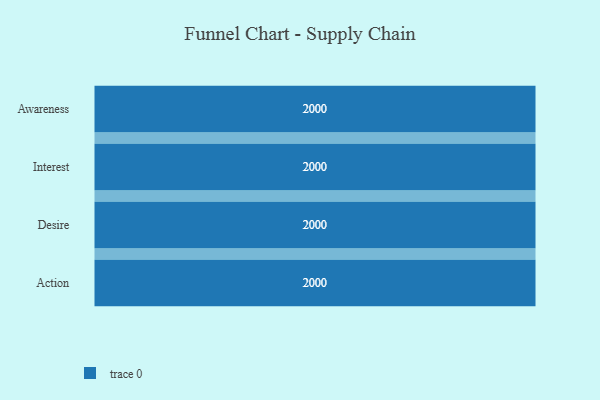
{"axis": {"x": "Stage", "y": "Value"}, "legend": [""], "data": [{"x": "Awareness", "y": 2000, "type": ""}, {"x": "Interest", "y": 2000, "type": ""}, {"x": "Desire", "y": 2000, "type": ""}, {"x": "Action", "y": 2000, "type": ""}]}